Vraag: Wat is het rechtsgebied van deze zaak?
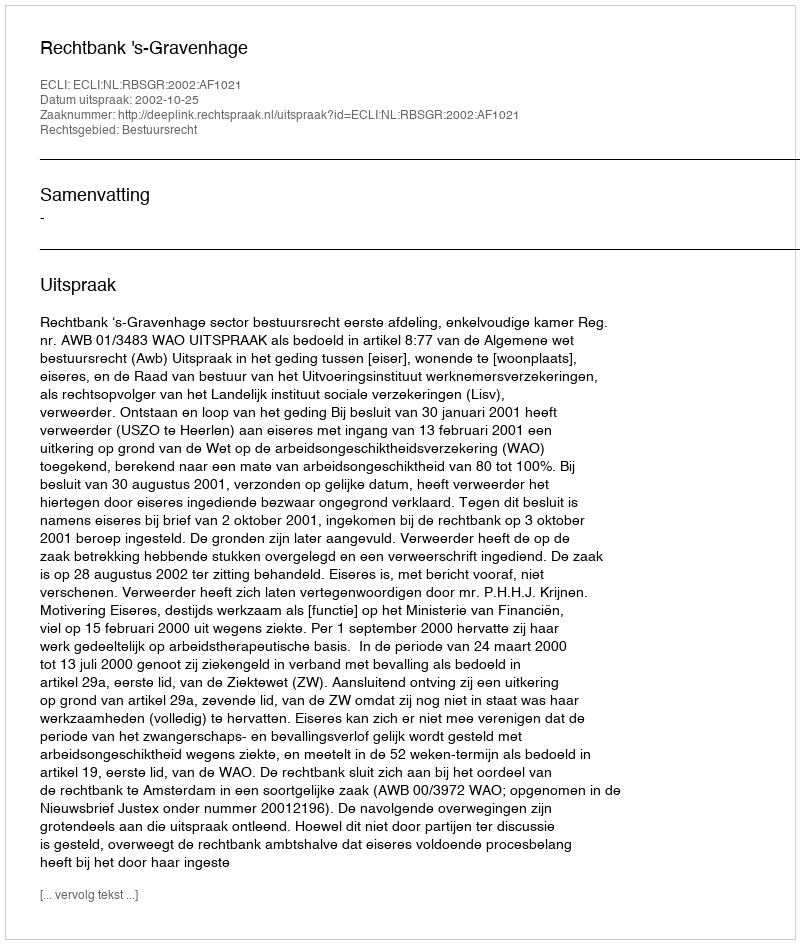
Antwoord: Bestuursrecht